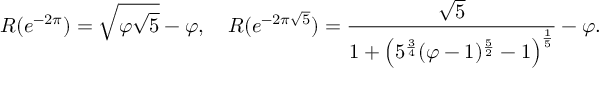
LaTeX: R ( e ^ { - 2 \pi } ) = { \sqrt { \varphi { \sqrt { 5 } } } } - \varphi , \quad R ( e ^ { - 2 \pi { \sqrt { 5 } } } ) = { \frac { \sqrt { 5 } } { 1 + \left( 5 ^ { \frac { 3 } { 4 } } ( \varphi - 1 ) ^ { \frac { 5 } { 2 } } - 1 \right) ^ { \frac { 1 } { 5 } } } } - \varphi .